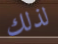
لذلك